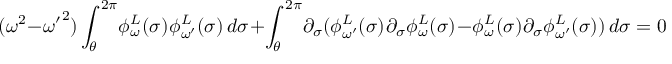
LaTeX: ( \omega ^ { 2 } - { \omega ^ { \prime } } ^ { 2 } ) \int _ { \theta } ^ { 2 \pi } \! \phi _ { \omega } ^ { L } ( \sigma ) \: \phi _ { \omega ^ { \prime } } ^ { L } ( \sigma ) \, d \sigma + \int _ { \theta } ^ { 2 \pi } \! \partial _ { \sigma } ( \phi _ { \omega ^ { \prime } } ^ { L } ( \sigma ) \: \partial _ { \sigma } \phi _ { \omega } ^ { L } ( \sigma ) - \phi _ { \omega } ^ { L } ( \sigma ) \: \partial _ { \sigma } \phi _ { \omega ^ { \prime } } ^ { L } ( \sigma ) ) \, d \sigma = 0